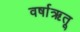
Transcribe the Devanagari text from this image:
वर्षाऋतू